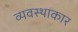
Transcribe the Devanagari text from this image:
व्यवस्थाकार